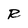
Character: R